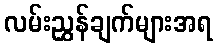
လမ်းညွှန်ချက်များအရ